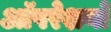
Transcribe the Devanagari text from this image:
ऑपरेशनो